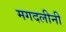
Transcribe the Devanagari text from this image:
मगदलीनी